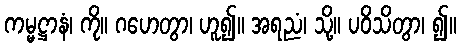
ကမ္မဋ္ဌာနံ၊ ကို။ ဂဟေတွာ၊ ဟူ၍။ အရညံ၊ သို့။ ပဝိသိတွာ၊ ၍။